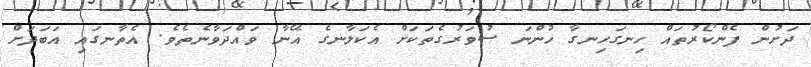
ދަށުން ފެންކޯރުތައް ހިނގަހިނގާ ހުންނަ ސުވަރުގެތަކަށް އެކަލާނގެ އޭނާ ވައްދަވާނެތެވެ. އެތާނގައި އަބަދަށް